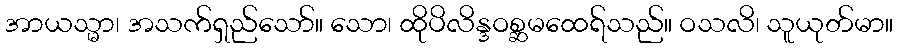
အာယသ္မာ၊ အသက်ရှည်သော်။ သော၊ ထိုပိလိန္ဒဝစ္ဆမထေရ်သည်။ ဝသလိ၊ သူယုတ်မာ။